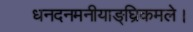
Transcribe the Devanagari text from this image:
धनदनमनीयाङ्‌घ्रिकमले।